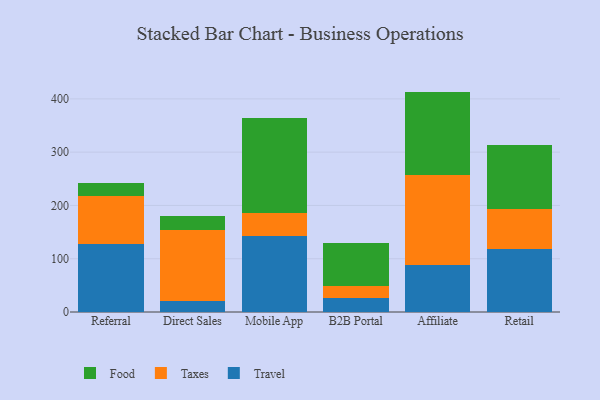
{"axis": {"x": "Channel", "y": "Conversion Rate (%)"}, "legend": ["Food", "Taxes", "Travel"], "data": [{"x": "Referral", "y": 128.5, "type": "Travel"}, {"x": "Referral", "y": 89.3, "type": "Taxes"}, {"x": "Referral", "y": 23.9, "type": "Food"}, {"x": "Direct Sales", "y": 19.9, "type": "Travel"}, {"x": "Direct Sales", "y": 133.4, "type": "Taxes"}, {"x": "Direct Sales", "y": 27.5, "type": "Food"}, {"x": "Mobile App", "y": 143.4, "type": "Travel"}, {"x": "Mobile App", "y": 42.2, "type": "Taxes"}, {"x": "Mobile App", "y": 179.0, "type": "Food"}, {"x": "B2B Portal", "y": 25.4, "type": "Travel"}, {"x": "B2B Portal", "y": 24.1, "type": "Taxes"}, {"x": "B2B Portal", "y": 80.7, "type": "Food"}, {"x": "Affiliate", "y": 87.4, "type": "Travel"}, {"x": "Affiliate", "y": 169.5, "type": "Taxes"}, {"x": "Affiliate", "y": 156.8, "type": "Food"}, {"x": "Retail", "y": 118.2, "type": "Travel"}, {"x": "Retail", "y": 74.4, "type": "Taxes"}, {"x": "Retail", "y": 121.5, "type": "Food"}]}